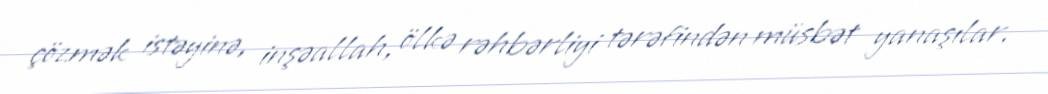
çözmək istəyinə, inşəallah, ölkə rəhbərliyi tərəfindən müsbət yanaşılar.